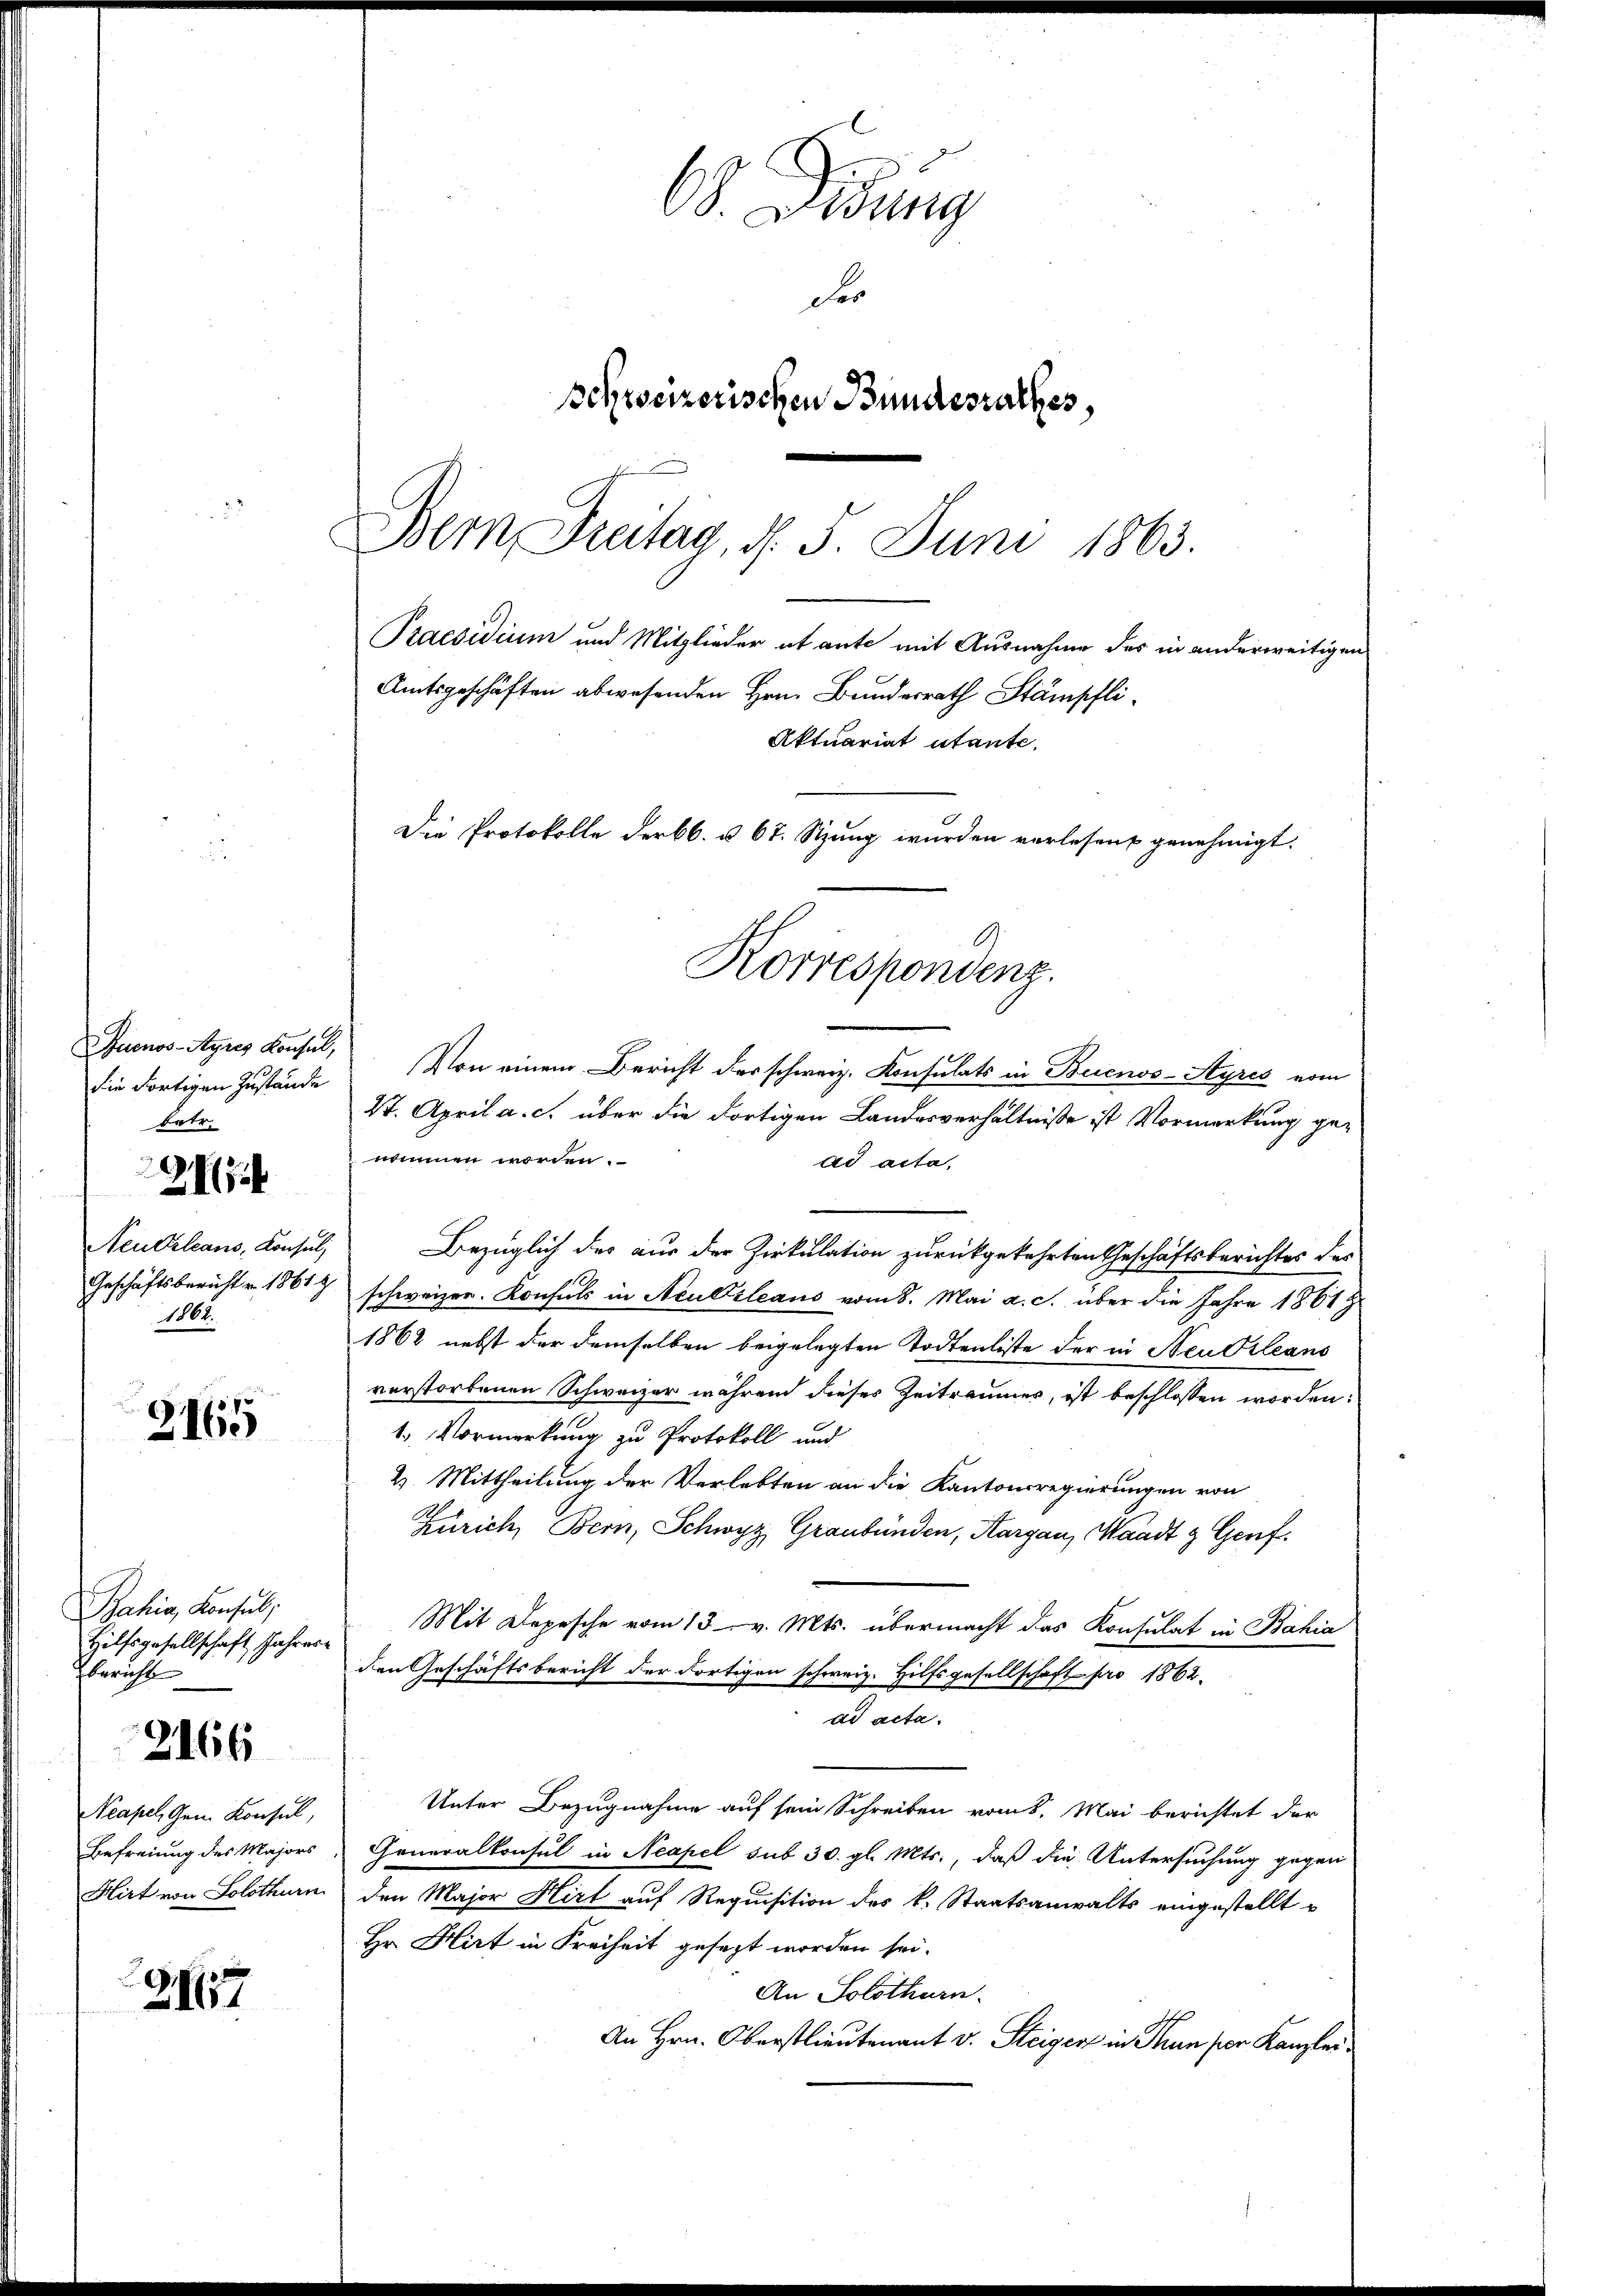
die dortigen Zustände
betr.

2234

Neu Orleans, Konsul
1861.

2165

Bahia, Konsul,
Hilfsgesellschaft Jahrere
bericht

2166

Neapel, Gem. Konsul,
Befreiung des Majors
Hirt von Solothurn

2117

68. Dessing
Sie
schweizerischen Bundesrathes,
Bemn Freitag, d. 5. Juni 1863.
Praesidium und Mitglieder et ante mit Ausnahme des in anderweitigen
Amtsgeschäften abwesenden Hrn. Bundesrath Stämpfli¬
Aktuariat utante,
Die Protokolle der bb. § 67. Sitzung wurden verlesen genehmigt.

uenos-Ayres Konsul, Von einem Bericht der schweiz. Konsulats in Buenos-Ayres vom
27. April a. c. über die dortigen Landesverhältnisse ist Vormerkung genommen worden.
ad acta,
Bezüglich des aus der Zirkulation zurückgekehrten Geschäftsberichtes der
Geschäftsbericht v. 1861 schweizer. Konsuls in Neuksleaus vom 8. Mai a. c. über die Jahre 1861 z
1862 nebst der demselben beigelegten Todtenliste der in Neudrleans
verstorbenen Schweizer währen dieses Zeitraumes, ist beschlossen worden:
1. Vormerkung zu Protokoll und
2. Mittheilung der Verlebten an die Kantonsregierungen von
Zürich, Bern, Schwyz Graubünden, Margau, Waadt & Genf.
Mit Depesche vom 13. v. Mts. übermacht das Konsulat in Bahia
den Geschäftsbericht der dortigen schweiz. Hilfsgesellschaft pro 1862.
ad acta.
Unter Bezugnahme auf sein Schreiben vom 8. Mai berichtet der
Generalkonsul in Neapel sub 30. gl. Mts., daß die Untersuchung gegen
den Major Hirt auf Requisition des k. Staatsanwalts eingestellt u
Hr Hirt in Freiheit gesezt worden sei.
An Solothurn.
An Hrn. Oberstlieutenant v. Steiger in Thun por Kanzlei

6
Korrespondenz.